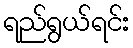
ရည်ရွယ်ရင်း